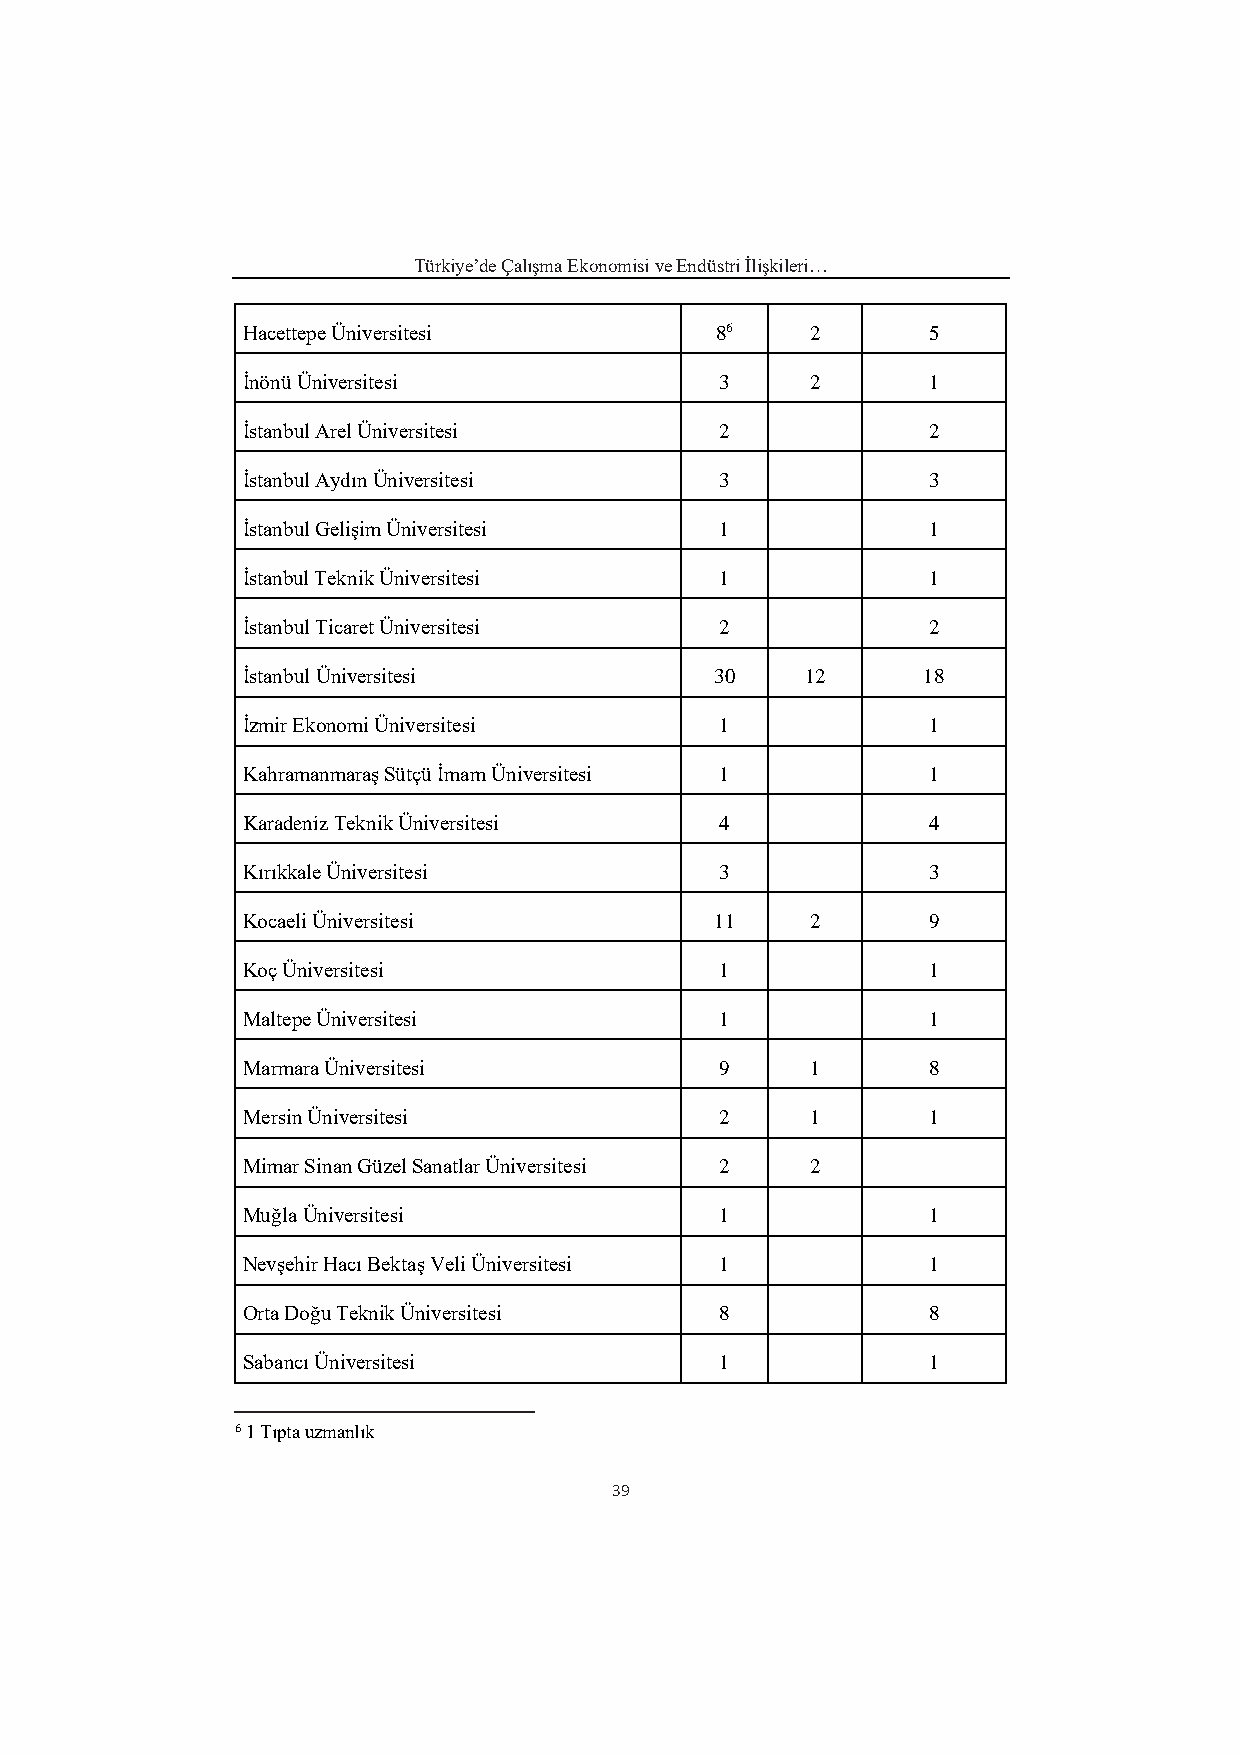
Türkiye’de Çalışma Ekonomisi ve Endüstri İlişkileri…
 Hacettepe Üniversitesi         86     2      5
 İnönü Üniversitesi              3     2      1
 İstanbul Arel Üniversitesi      2            2
 İstanbul Aydın Üniversitesi     3            3
 İstanbul Gelişim Üniversitesi   1            1
 İstanbul Teknik Üniversitesi    1            1
 İstanbul Ticaret Üniversitesi   2            2
 İstanbul Üniversitesi          30    12      18
 İzmir Ekonomi Üniversitesi      1            1
 Kahramanmaraş Sütçü İmam Üniversitesi 1      1
 Karadeniz Teknik Üniversitesi   4            4
 Kırıkkale Üniversitesi          3            3
 Kocaeli Üniversitesi           11     2      9
 Koç Üniversitesi                1            1
 Maltepe Üniversitesi            1            1
 Marmara Üniversitesi            9     1      8
 Mersin Üniversitesi             2     1      1
 Mimar Sinan Güzel Sanatlar Üniversitesi 2 2
 Muğla Üniversitesi              1            1
 Nevşehir Hacı Bektaş Veli Üniversitesi 1     1
 Orta Doğu Teknik Üniversitesi   8            8
 Sabancı Üniversitesi            1            1
 6 1 Tıpta uzmanlık
 39